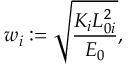
w _ { i } : = \sqrt { \frac { K _ { i } L _ { 0 i } ^ { 2 } } { E _ { 0 } } } ,